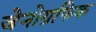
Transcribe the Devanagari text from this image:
जेनोग्रफिक